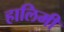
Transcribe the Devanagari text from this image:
हालिमी